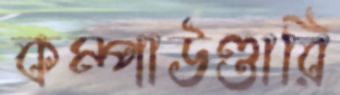
কম্পাউণ্ডারি